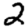
Digit: 2